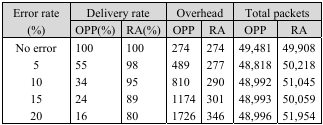
<table><thead><tr><td rowspan="3"><b>Error rate (%)</b></td><td colspan="2"><b>Delivery rate</b></td><td colspan="2"><b>Overhead</b></td><td colspan="2"><b>Total packets</b></td></tr><tr><td><b>OPP(%)</b></td><td><b>RA(%)</b></td><td><b>OPP</b></td><td><b>RA</b></td><td><b>OPP</b></td><td><b>RA</b></td></tr></thead><tbody><tr><td>No error</td><td>100</td><td>100</td><td>274</td><td>274</td><td>49,481</td><td>49,908</td></tr><tr><td>5</td><td>55</td><td>98</td><td>489</td><td>277</td><td>48,818</td><td>50,218</td></tr><tr><td>10</td><td>34</td><td>95</td><td>810</td><td>290</td><td>48,992</td><td>51,045</td></tr><tr><td>15</td><td>24</td><td>89</td><td>1174</td><td>301</td><td>48,993</td><td>50,059</td></tr><tr><td>20</td><td>16</td><td>80</td><td>1726</td><td>346</td><td>48,996</td><td>51,954</td></tr></tbody></table>